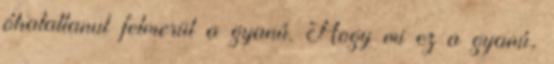
óhatatlanul felmerül a gyanú. Hogy mi ez a gyanú,